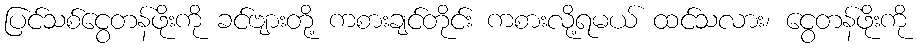
ပြင်သစ်ငွေတန်ဖိုးကို ခင်ဗျားတို့ ကစားချင်တိုင်း ကစားလို့ရမယ် ထင်သလား၊ ငွေတန်ဖိုးကို